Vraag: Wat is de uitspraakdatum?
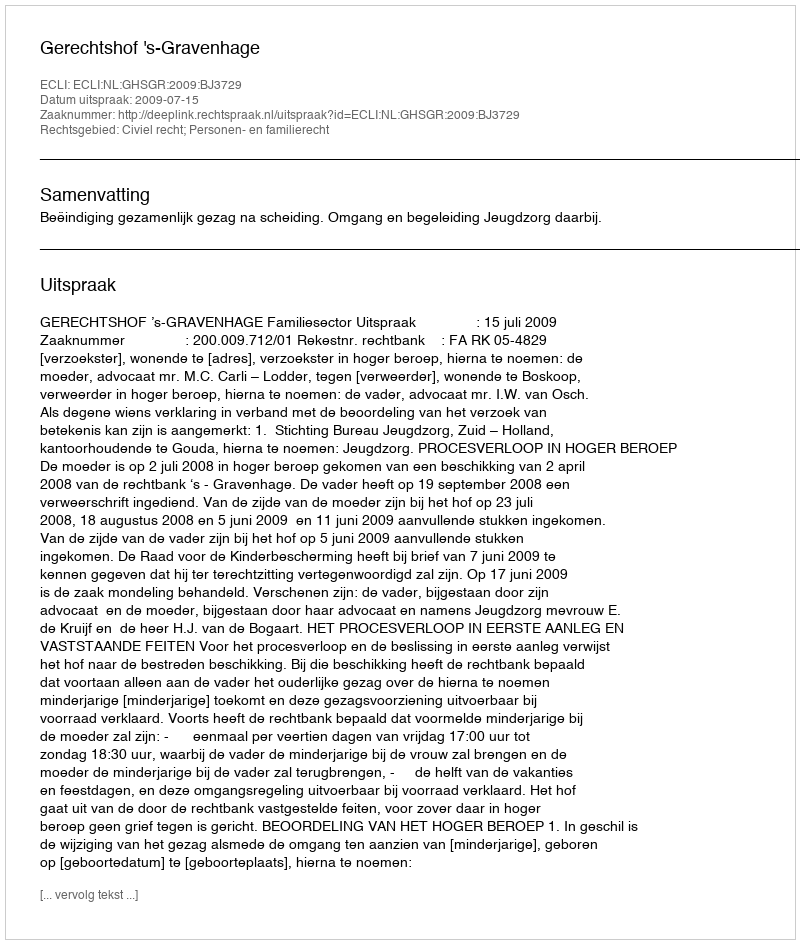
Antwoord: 2009-07-15